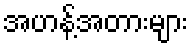
အဟန့်အတားများ